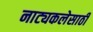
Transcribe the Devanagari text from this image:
नाट्यकलेसाठी